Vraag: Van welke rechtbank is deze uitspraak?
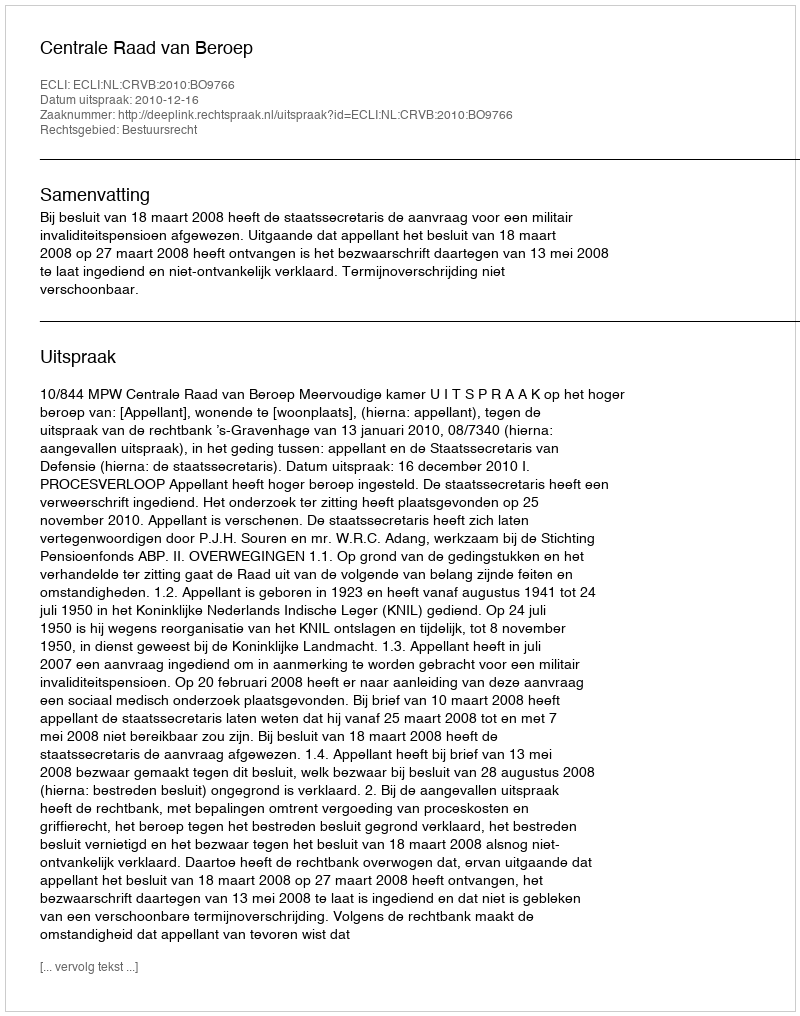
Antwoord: Centrale Raad van Beroep